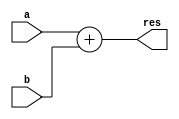
`timescale 1ns / 1ps

// Jonah Meggs 2022
// Jonah's Guide to Verilog Chapter 4 - adder8.v
// 8 bit adder

module adder8(
	input [7:0] a,
	input [7:0] b,
	output reg [7:0] res
    );

always@(a, b) begin
	res <= a+b;
end

endmodule